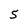
Character: 5